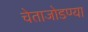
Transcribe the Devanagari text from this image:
चेताजोडण्या